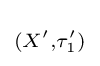
\scriptstyle (X',\tau _{1}')